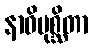
နာဓိမုစ္ဆိတာ